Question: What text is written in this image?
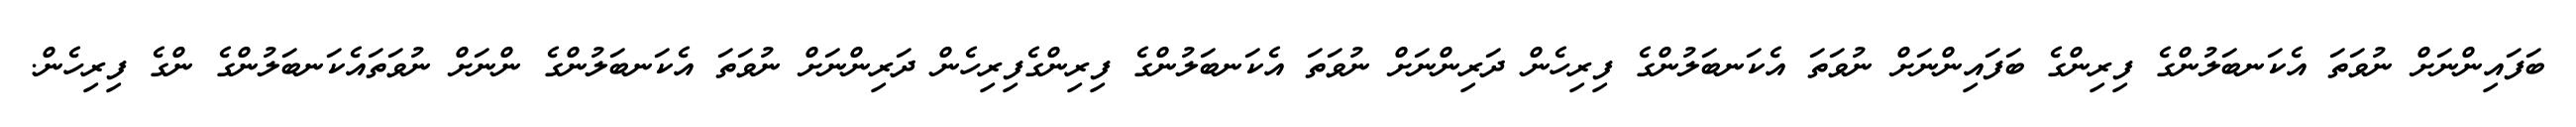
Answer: ބަފައިންނަށް ނުވަތަ އެކަނބަލުންގެ ފިރިންގެ ބަފައިންނަށް ނުވަތަ އެކަނބަލުންގެ ފިރިހެން ދަރިންނަށް ނުވަތަ އެކަނބަލުންގެ ފިރިންގެފިރިހެން ދަރިންނަށް ނުވަތަ އެކަނބަލުންގެ ންނަށް ނުވަތައެކަނބަލުންގެ ންގެ ފިރިހެން.